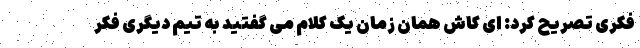
فکری تصریح کرد: ای کاش همان زمان یک کلام می گفتید به تیم دیگری فکر